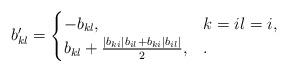
LaTeX: \begin{gather*}b'_{kl}= \begin{cases} -b_{kl}, &k=il=i, \\b_{kl}+\frac{|b_{ki}|b_{il}+b_{ki}|b_{il}|}{2}, &. \end{cases}\end{gather*}